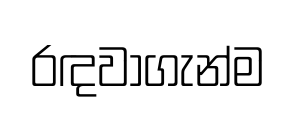
රඳවාගැන්ම